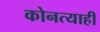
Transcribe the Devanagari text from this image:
कोनत्याही